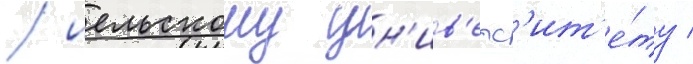
/ иельскому ун'ив'ерс'ит'е́ту /